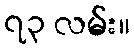
၇၃ လမ်း။